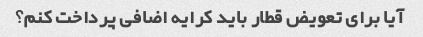
آیا برای تعویض قطار باید کرایه اضافی پرداخت کنم؟